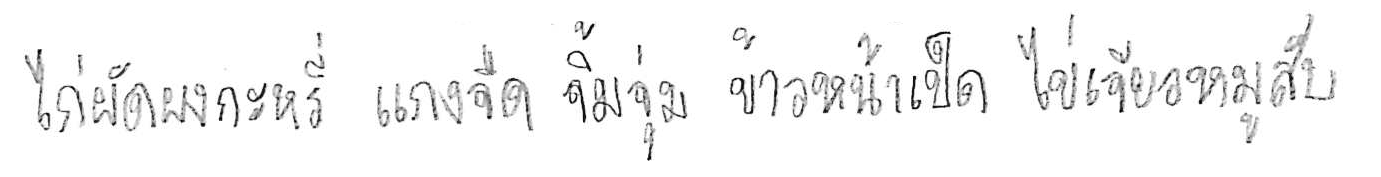
ไก่ผัดผงกะหรี่ แกงจืด จิ้มจุ่ม ข้าวหน้าเป็ด ไข่เจียวหมูสับ